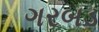
ગરબડ